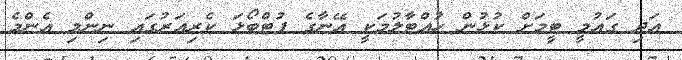
އަދި ގައުމީ ޓީމަށް ކުޅުން ހުއްޓާލުމަކީ އޭނާގެ ފުޓްބޯޅަ ކެރިއަރުގައި ނިންމި އެންމެ